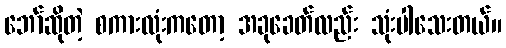
ဘော်ဆိုတဲ့ စကားလုံးကတော့ အခုခေတ်လည်း သုံးပါသေးတယ်။